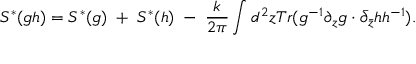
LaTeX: S ^ { * } ( g h ) = S ^ { * } ( g ) \; + \; S ^ { * } ( h ) \; - \; { \frac { k } { 2 \pi } } \int d ^ { 2 } z T r ( g ^ { - 1 } \partial _ { z } g \cdot \bar { \partial } _ { \bar { z } } h h ^ { - 1 } ) .